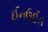
ઈનઉઈત